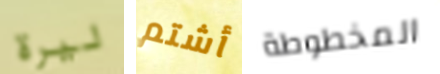
ليرة أشتم المخطوطة